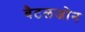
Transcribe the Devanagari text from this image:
बैटलजोन